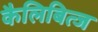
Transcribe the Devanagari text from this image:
कैलिबित्ज